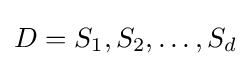
D=S_{1},S_{2},\dots ,S_{d}